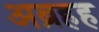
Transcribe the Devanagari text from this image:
अब्रहह